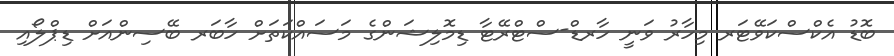
ބޮޑު އެކްސްކަވޭޓަރ މިހާރު ވަނީ ހާރޑް-ސްޓްރޭޓާ ޑިމޮލިޝަންގެ މަސައްކަތަށް ހާބަރ ބޭސިންއަށް ޑިޕްލޯއި